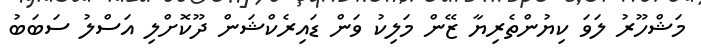
މަޝްހޫރު ލަވަ ކިޔުންތެރިޔާ ޒޭން މަލިކު ވަން ޑައިރެކްޝަން ދޫކޮށްލި އަސްލު ސަބަބު